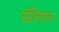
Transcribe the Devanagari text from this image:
ऑनियन